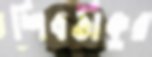
শিবঠাকুর